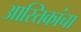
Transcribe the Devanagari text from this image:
आस्तिकांचा